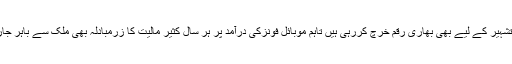
ادھر غیر ملکی موبائل فون کمپنیاں پاکستان میں اپنی برانڈز کی تشہیر کے لیے بھی بھاری رقم خرچ کررہی ہیں تاہم موبائل فونزکی درآمد پر ہر سال کثیر مالیت کا زرمبادلہ بھی ملک سے باہر جارہا ہے جس سے یقینا بیرونی تجارت کا توازن بھی بگڑ رہا ہے۔